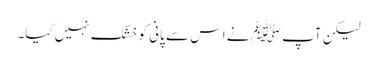
لیکن آپ ﷺ نے اس سے پانی کو خشک نہیں کیا۔